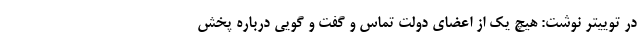
در توییتر نوشت: هیچ یک از اعضای دولت تماس و گفت و گویی درباره پخش